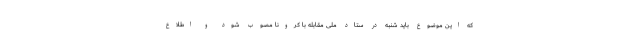
که این موضوع باید شنبه در ستاد ملی مقابله با کرونا مصوب شود و اطلاع